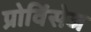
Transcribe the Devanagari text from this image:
प्रोविंसेज